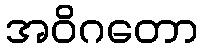
အဝိဂတော